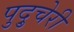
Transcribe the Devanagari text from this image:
पुदु्चेरी